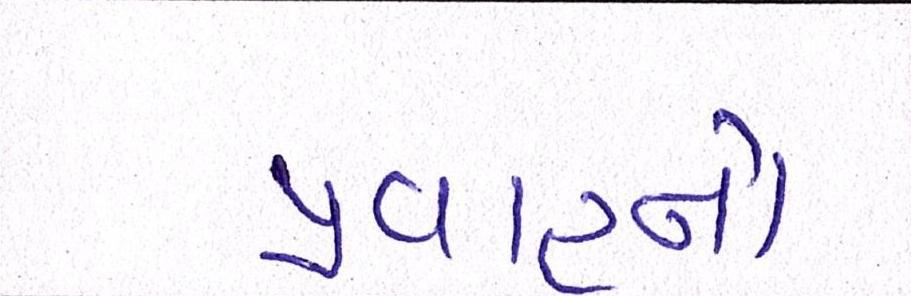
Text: પ્રવાહનો